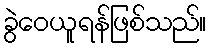
ခွဲဝေယူရန်ဖြစ်သည်။